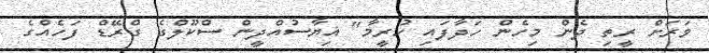
ވަރަށް ރީތި ދެން މިހެން ހަދާފައި ހުރީމާ" ޣިޔާސުއްދީން ސްކޫލްގެ ގްރޭޑް ފަހެއްގެ